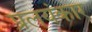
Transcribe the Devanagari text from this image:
प्रलयंकार